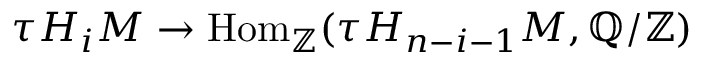
\tau H _ { i } M \to \mathrm { H o m } _ { \mathbb { Z } } ( \tau H _ { n - i - 1 } M , \mathbb { Q } / \mathbb { Z } )